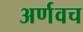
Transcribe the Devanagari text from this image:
अर्णवच